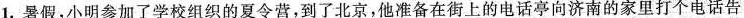
1.暑假，小明参加了学校组织的夏令营，到了北京，他准备在街上的电话亭向济南的家里打个电话告